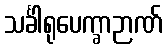
သင်္ခါရုပေက္ခာဉာဏ်